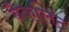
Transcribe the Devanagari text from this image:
बैकलिट